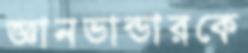
জ্ঞানভান্ডারকে